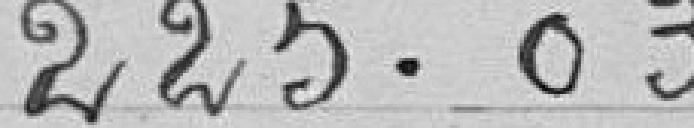
225.03 francs